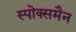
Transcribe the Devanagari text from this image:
स्पोक्समैन